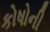
કોષોની